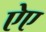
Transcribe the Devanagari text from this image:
ऐए